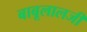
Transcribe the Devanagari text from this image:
बाबूलालजी